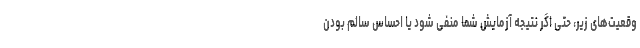
وقعیت‌های زیر، حتی اگر نتیجهٔ آزمایش شما منفی شود یا احساس سالم بودن